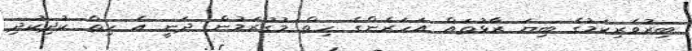
ބިރުވެރިކަމުގެ ބިޔަ ރާޅުތައް އަހަރެންގެ ހިތް މުގުރަމުން ދަނީ އެ ހިތް ކުދިކުދި